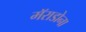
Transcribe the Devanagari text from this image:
मॅराडोना